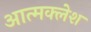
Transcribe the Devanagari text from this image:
आत्मक्लेश